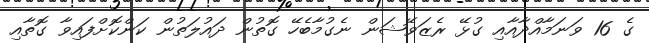
ގެ 16 ވަނަމާއްދާއާއި ގުޅޭ ރެޒަވޭޝަން ނެގުމާބެހޭ ގޮތުން ދައުލަތުން ކަންކޮށްފައިވާ ގޮތާއި